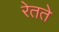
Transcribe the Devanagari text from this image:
रेतते